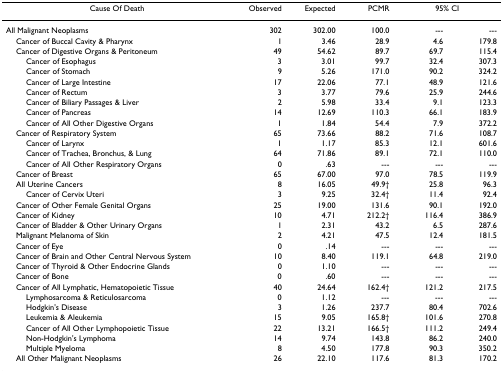
<table><thead><tr><td><b>Cause Of Death</b></td><td><b>Observed</b></td><td><b>Expected</b></td><td><b>PCMR</b></td><td colspan="2"><b>95% CI</b></td></tr></thead><tbody><tr><td>All Malignant Neoplasms</td><td>302</td><td>302.00</td><td>100.0</td><td>---</td><td>---</td></tr><tr><td> Cancer of Buccal Cavity &amp; Pharynx</td><td>1</td><td>3.46</td><td>28.9</td><td>4.6</td><td>179.8</td></tr><tr><td> Cancer of Digestive Organs &amp; Peritoneum</td><td>49</td><td>54.62</td><td>89.7</td><td>69.7</td><td>115.4</td></tr><tr><td>Cancer of Esophagus</td><td>3</td><td>3.01</td><td>99.7</td><td>32.4</td><td>307.3</td></tr><tr><td>Cancer of Stomach</td><td>9</td><td>5.26</td><td>171.0</td><td>90.2</td><td>324.2</td></tr><tr><td>Cancer of Large Intestine</td><td>17</td><td>22.06</td><td>77.1</td><td>48.9</td><td>121.6</td></tr><tr><td>Cancer of Rectum</td><td>3</td><td>3.77</td><td>79.6</td><td>25.9</td><td>244.6</td></tr><tr><td>Cancer of Biliary Passages &amp; Liver</td><td>2</td><td>5.98</td><td>33.4</td><td>9.1</td><td>123.3</td></tr><tr><td>Cancer of Pancreas</td><td>14</td><td>12.69</td><td>110.3</td><td>66.1</td><td>183.9</td></tr><tr><td>Cancer of All Other Digestive Organs</td><td>1</td><td>1.84</td><td>54.4</td><td>7.9</td><td>372.2</td></tr><tr><td> Cancer of Respiratory System</td><td>65</td><td>73.66</td><td>88.2</td><td>71.6</td><td>108.7</td></tr><tr><td>Cancer of Larynx</td><td>1</td><td>1.17</td><td>85.3</td><td>12.1</td><td>601.6</td></tr><tr><td>Cancer of Trachea, Bronchus, &amp; Lung</td><td>64</td><td>71.86</td><td>89.1</td><td>72.1</td><td>110.0</td></tr><tr><td>Cancer of All Other Respiratory Organs</td><td>0</td><td>.63</td><td>---</td><td>---</td><td>---</td></tr><tr><td> Cancer of Breast</td><td>65</td><td>67.00</td><td>97.0</td><td>78.5</td><td>119.9</td></tr><tr><td> All Uterine Cancers</td><td>8</td><td>16.05</td><td>49.9†</td><td>25.8</td><td>96.3</td></tr><tr><td>Cancer of Cervix Uteri</td><td>3</td><td>9.25</td><td>32.4†</td><td>11.4</td><td>92.4</td></tr><tr><td> Cancer of Other Female Genital Organs</td><td>25</td><td>19.00</td><td>131.6</td><td>90.1</td><td>192.0</td></tr><tr><td> Cancer of Kidney</td><td>10</td><td>4.71</td><td>212.2†</td><td>116.4</td><td>386.9</td></tr><tr><td> Cancer of Bladder &amp; Other Urinary Organs</td><td>1</td><td>2.31</td><td>43.2</td><td>6.5</td><td>287.6</td></tr><tr><td> Malignant Melanoma of Skin</td><td>2</td><td>4.21</td><td>47.5</td><td>12.4</td><td>181.5</td></tr><tr><td> Cancer of Eye</td><td>0</td><td>.14</td><td>---</td><td>---</td><td>---</td></tr><tr><td> Cancer of Brain and Other Central Nervous System</td><td>10</td><td>8.40</td><td>119.1</td><td>64.8</td><td>219.0</td></tr><tr><td> Cancer of Thyroid &amp; Other Endocrine Glands</td><td>0</td><td>1.10</td><td>---</td><td>---</td><td>---</td></tr><tr><td> Cancer of Bone</td><td>0</td><td>.60</td><td>---</td><td>---</td><td>---</td></tr><tr><td> Cancer of All Lymphatic, Hematopoietic Tissue</td><td>40</td><td>24.64</td><td>162.4†</td><td>121.2</td><td>217.5</td></tr><tr><td>Lymphosarcoma &amp; Reticulosarcoma</td><td>0</td><td>1.12</td><td>---</td><td>---</td><td>---</td></tr><tr><td>Hodgkin&#x27;s Disease</td><td>3</td><td>1.26</td><td>237.7</td><td>80.4</td><td>702.6</td></tr><tr><td>Leukemia &amp; Aleukemia</td><td>15</td><td>9.05</td><td>165.8†</td><td>101.6</td><td>270.8</td></tr><tr><td>Cancer of All Other Lymphopoietic Tissue</td><td>22</td><td>13.21</td><td>166.5†</td><td>111.2</td><td>249.4</td></tr><tr><td>Non-Hodgkin&#x27;s Lymphoma</td><td>14</td><td>9.74</td><td>143.8</td><td>86.2</td><td>240.0</td></tr><tr><td>Multiple Myeloma</td><td>8</td><td>4.50</td><td>177.8</td><td>90.3</td><td>350.2</td></tr><tr><td> All Other Malignant Neoplasms</td><td>26</td><td>22.10</td><td>117.6</td><td>81.3</td><td>170.2</td></tr></tbody></table>